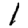
Digit: 1